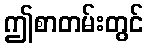
ဤစာတမ်းတွင်